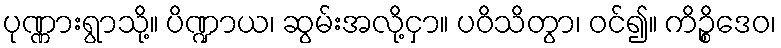
ပုဏ္ဏားရွာသို့။ ပိဏ္ဍာယ၊ ဆွမ်းအလို့ငှာ။ ပဝိသိတွာ၊ ဝင်၍။ ကိဉ္စိဒေဝ၊